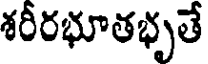
శరీరభూతభృతే